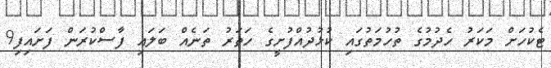
ޓެކުހަށް މަކަރު ހެދުމުގެ ތުހުމަތުގައި ކުޅުދުއްފުށީގެ ހަތަރު ތަނެއް ބަލައި ފާސްކުރަން ފަށައިފި9